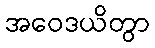
အဝေဒယိတွာ